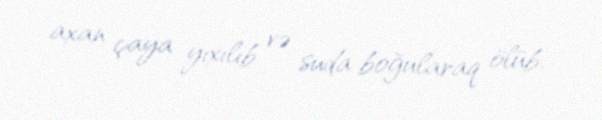
axan çaya yıxılıb və suda boğularaq ölüb.